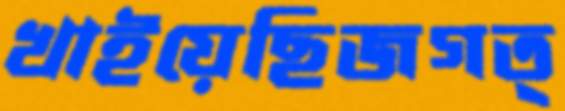
খাইয়েছিজগত্